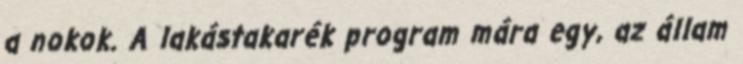
a nokok. A lakástakarék program mára egy, az állam